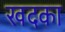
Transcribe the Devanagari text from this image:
खदका